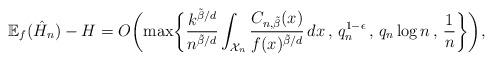
LaTeX: \begin{align*}\mathbb{E}_f(\hat{H}_n) - H = O\biggl(\max\biggl\{ \frac{k^{\tilde{\beta}/d}}{n^{\tilde{\beta}/d}}\int_{\mathcal{X}_n} \frac{C_{n,\tilde{\beta}}(x)}{f(x)^{\tilde{\beta}/d}} \, dx \, , \, q_n^{1-\epsilon} \, , \, q_n\log n \, , \, \frac{1}{n}\biggr\}\biggr),\end{align*}